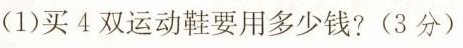
(1)买4双运动鞋要用多少钱?(3分)